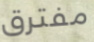
مفترق